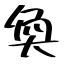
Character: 奐